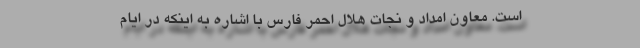
است. معاون امداد و نجات هلال احمر فارس با اشاره به اینکه در ایام